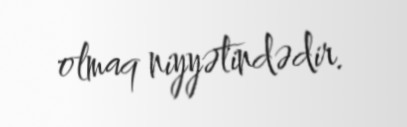
olmaq niyyətindədir.